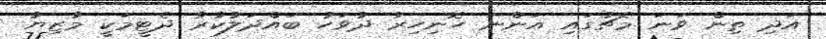
އަދި ތިން ވަނަ މެޗުގައި އަންނަ ހޮނިހިރު ދުވަހު ބައްދަލުކުރާ ދެޓީމަކީ މާޒިޔާ